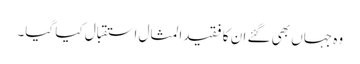
وہ جہاں بھی گئے ان کا فقیدالمثال استقبال کیا گیا۔